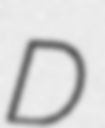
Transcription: D